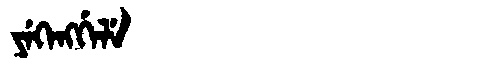
Manchu: ᠶᡝᡴᡝᠩᡤᡝᠯᡝ
Romanization: YEKENGGELE